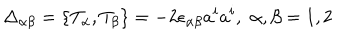
\Delta _ { \alpha \beta } = \{ T _ { \alpha } , T _ { \beta } \} = - 2 \epsilon _ { \alpha \beta } a ^ { i } a ^ { i } , \, \, \alpha , \beta = 1 , 2